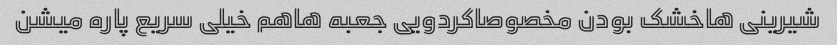
شیرینی هاخشک بودن مخصوصاکردویی جعبه هاهم خیلی سریع پاره میشن